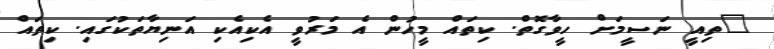
"ތިއީ ނަސީމަށް ހީވާގޮތް. ކިތައް މީހުން އެ މަރުވީ އެކިއެކި އަނިޔާތަކުގައި. ކިތައް